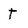
Character: T